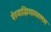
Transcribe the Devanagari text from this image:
पेरुवाझियामबलम